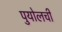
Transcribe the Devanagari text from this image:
पुयोलची